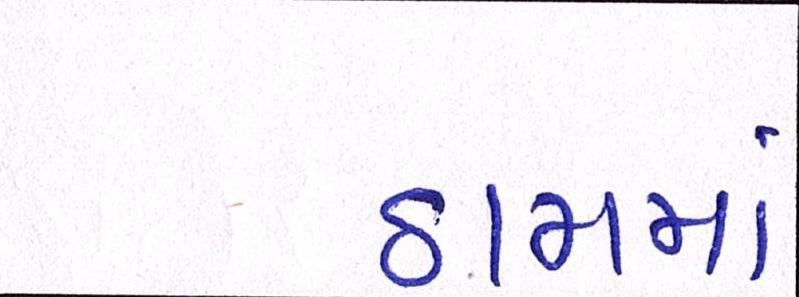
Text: ઠામમાં